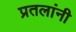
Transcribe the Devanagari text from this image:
प्रतलांनी